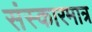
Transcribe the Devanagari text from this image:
संस्कारमात्र